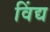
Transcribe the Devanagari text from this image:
विंद्य